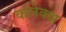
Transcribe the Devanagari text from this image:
कलेक्श्न